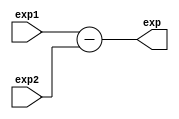
/* calcula a diferena entre os dois expoentes */
module smallAlu(
    input [7:0] exp1, // expoente de A
    input [7:0] exp2, // expoente de B
    output [7:0] exp // diferena 
    );

    assign exp = exp1 - exp2;

endmodule